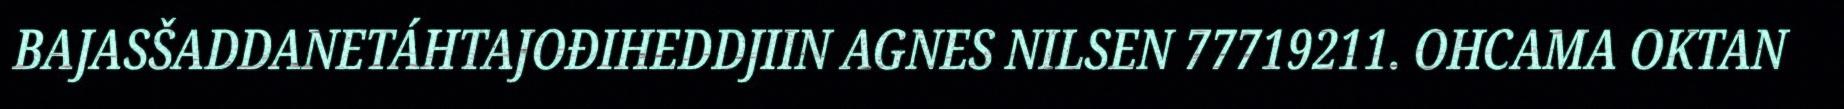
BAJASŠADDANETÁHTAJOĐIHEDDJIIN AGNES NILSEN 77719211. OHCAMA OKTAN